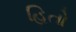
હિતો